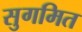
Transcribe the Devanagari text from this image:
सुगमित